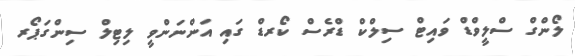
ލޯންގް ސްލީވްޑް ވައިޓް ސިލްކް ޑްރެސް ކޯރޑް ގައި އަންނަންވީ ލިޓިލް ސިންގަޕޯރ